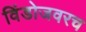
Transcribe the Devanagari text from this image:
विंडोजवरच